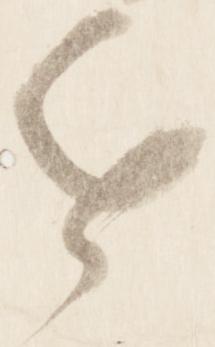
近